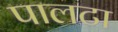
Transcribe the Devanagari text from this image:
पालटा